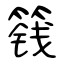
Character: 篯